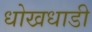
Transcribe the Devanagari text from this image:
धोखधाडी